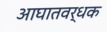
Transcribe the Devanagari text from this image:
आघातवर्धक